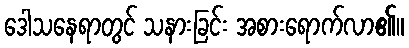
ဒေါသနေရာတွင် သနားခြင်း အစားရောက်လာ၏။